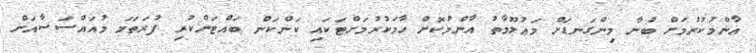
އާންމުކުރުމަށް ބުނާ މިންގަނޑަށް މަޢުލޫމާތު އާންމުކޮށް ހާމަކުރުމަށްޓަކައި ކަންކަން ބައްޓަންކުރި ފުރަތަމަ މުއައްސަސާއަށް